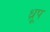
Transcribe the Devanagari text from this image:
ध़ूप